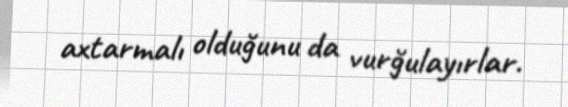
axtarmalı olduğunu da vurğulayırlar.